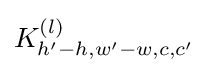
K_{h'-h,w'-w,c,c'}^{(l)}